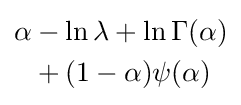
{\begin{aligned}\alpha &-\ln \lambda +\ln \Gamma (\alpha )\\&+(1-\alpha )\psi (\alpha )\end{aligned}}